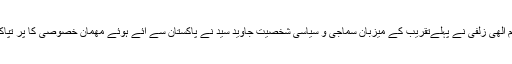
ادب کی دنیا کے معروف نقاد، تجزیہ نگار اور شاعر تسلیم الھی زلفی نے پہلےتقریب کے میزبان سماجی و سیاسی شخصیت جاوید سید نے پاکستان سے ائے ہوئے مھمان خصوصی کا پُر تپاک استقبال کیا اور تعارفی کلمات کے ساتھ خوش آمدید کہا۔